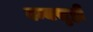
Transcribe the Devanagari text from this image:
वन्यसृष्टी